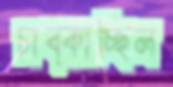
চাব্‌কাচ্ছিল